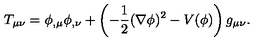
T _ { \mu \nu } = \phi _ { , \mu } \phi _ { , \nu } + \left( - \frac { 1 } { 2 } ( \nabla \phi ) ^ { 2 } - V ( \phi ) \right) g _ { \mu \nu } .